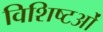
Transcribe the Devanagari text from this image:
विशिष्टओं